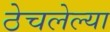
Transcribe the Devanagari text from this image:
ठेचलेल्या